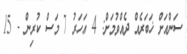
ސަންއަށް ޚަބަރެއް ދެއްވުމަށް: 4 އަހަރު 7 މަސް ކުރިން - 15